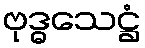
ဗုဒ္ဓသေဋ္ဌံ